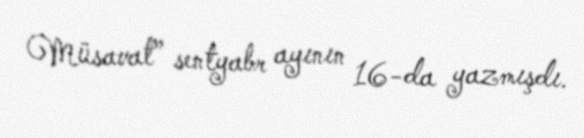
Müsavat” sentyabr ayının 16-da yazmışdı.